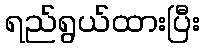
ရည်ရွယ်ထားပြီး